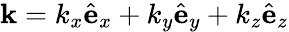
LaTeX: {\mathbf k}=k_{x}{\hat{\mathbf e}}_{x}+k_{y}{\hat{\mathbf e}}_{y}+k_{z}{\hat{\mathbf e}}_{z}